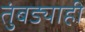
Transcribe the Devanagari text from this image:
तुंबड्याही